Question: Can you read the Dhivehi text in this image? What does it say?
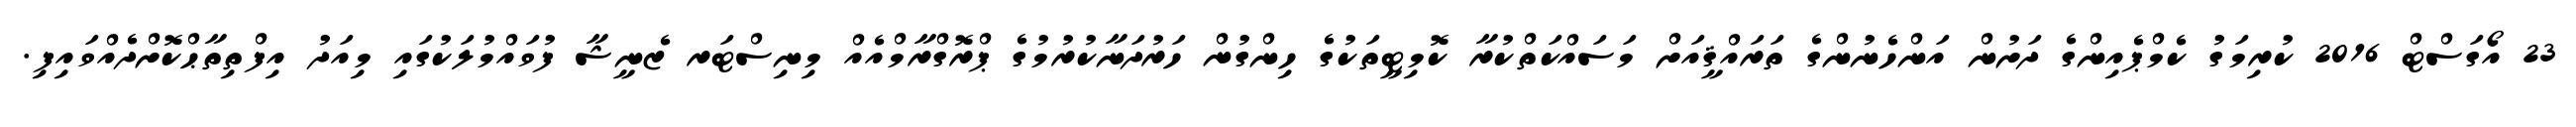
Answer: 23 އޯގަސްޓް 2016 ކުރިމަގު ކެމްޕެއިންގެ ދަށުން އަންހެނުންގެ ތަރައްޤީއަށް މަސައްކަތްކުރާ ކޮމިޓީތަކުގެ ހިންގުން ހަރުދަނާކުރުމުގެ ޕްރޮގްރާމްއެއް މިނިސްޓަރ ޒެނީޝާ ފުވައްމުލަކުގައި މިއަދު އިފްތިތާޙްކޮށްދެއްވައިފި.